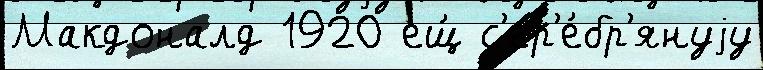
Макдоналд 1920 ещ́ с'ер'е́бр'януjу